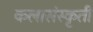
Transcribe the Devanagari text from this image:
कलासंस्कृती